Indian journal of veterinary science and animal husbandry - Volume 11,
Year: 1941
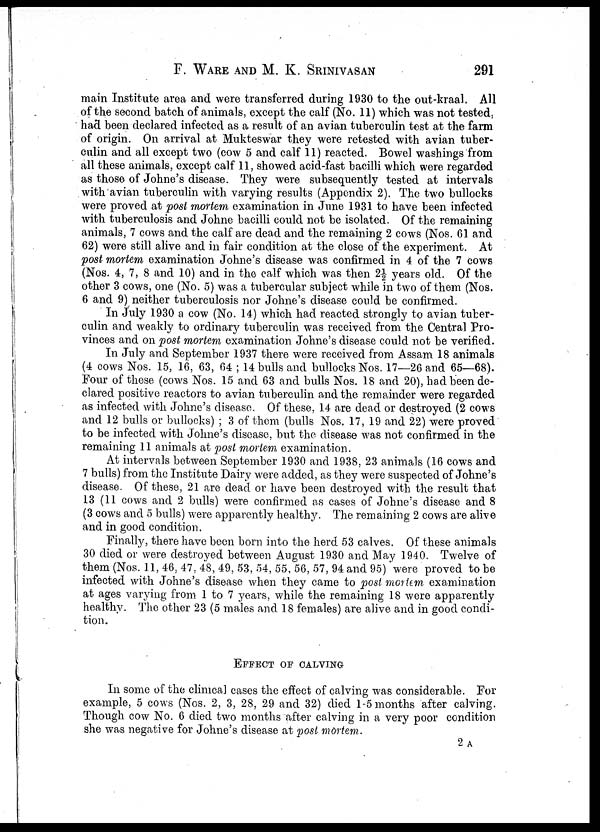
F. WARE AND M. K. SRINIVASAN 291
main Institute area and were transferred during 1930 to the out-kraal. All
of the second batch of animals, except the calf (No. 11) which was not tested,
had been declared infected as a result of an avian tuberculin test at the farm
of origin. On arrival at Mukteswar they were retested with avian tuber-
culin and all except two (cow 5 and calf 11) reacted. Bowel washings from
all these animals, except calf 11, showed acid-fast bacilli which were regarded
as those of Johne's disease. They were subsequently tested at intervals
with avian tuberculin with varying results (Appendix 2). The two bullocks
were proved at post mortem examination in June 1931 to have been infected
with tuberculosis and Johne bacilli could not be isolated. Of the remaining
animals, 7 cows and the calf are dead and the remaining 2 cows (Nos. 61 and
62) were still alive and in fair condition at the close of the experiment. At
post mortem examination Johne's disease was confirmed in 4 of the 7 cows
(Nos. 4, 7, 8 and 10) and in the calf which was then 2½ years old. Of the
other 3 cows, one (No. 5) was a tubercular subject while in two of them (Nos.
6 and 9) neither tuberculosis nor Johne's disease could be confirmed.
In July 1930 a cow (No. 14) which had reacted strongly to avian tuber-
culin and weakly to ordinary tuberculin was received from the Central Pro-
vinces and on post mortem examination Johne's disease could not be verified.
In July and September 1937 there were received from Assam 18 animals
(4 cows Nos. 15, 16, 63, 64 ; 14 bulls and bullocks Nos. 17—26 and 65—68).
Four of these (cows Nos. 15 and 63 and bulls Nos. 18 and 20), had been de-
clared positive reactors to avian tuberculin and the remainder were regarded
as infected with Johne's disease. Of these, 14 are dead or destroyed (2 cows
and 12 bulls or bullocks) ; 3 of them (bulls Nos. 17, 19 and 22) were proved
to be infected with Johne's disease, but the disease was not confirmed in the
remaining 11 animals at post mortem examination.
At intervals between September 1930 and 1938, 23 animals (16 cows and
7 bulls) from the Institute Dairy were added, as they were suspected of Johne's
disease. Of these, 21 are dead or have been destroyed with the result that
13 (11 cows and 2 bulls) were confirmed as cases of Johne's disease and 8
(3 cows and 5 bulls) were apparently healthy. The remaining 2 cows are alive
and in good condition.
Finally, there have been born into the herd 53 calves. Of these animals
30 died or were destroyed between August 1930 and May 1940. Twelve of
them (Nos. 11, 46, 47, 48, 49, 53, 54, 55, 56, 57, 94 and 95) were proved to be
infected with Johne's disease when they came to post mortem examination
at ages varying from 1 to 7 years, while the remaining 18 were apparently
healthy. The other 23 (5 males and 18 females) are alive and in good condi-
tion.
EFFECT OF CALVING
In some of the clinical cases the effect of calving was considerable. For
example, 5 cows (Nos. 2, 3, 28, 29 and 32) died 1-5 months after calving.
Though cow No. 6 died two months after calving in a very poor condition
she was negative for Johne's disease at post mortem.
2 A